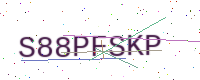
Text: S88PFSKP